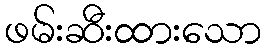
ဖမ်းဆီးထားသော